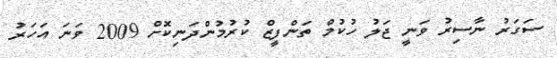
ސަގަރު ނާސިރު ވަނީ ޖަލު ހުކުމް ތަންފީޒް ކުރުމުންދަނިކޮށް 2009 ވަނަ އަހަރު